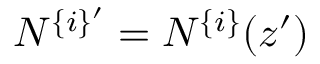
N ^ { \{ i \} ^ { \prime } } = N ^ { \{ i \} } ( z ^ { \prime } )